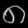
Digit: ၈